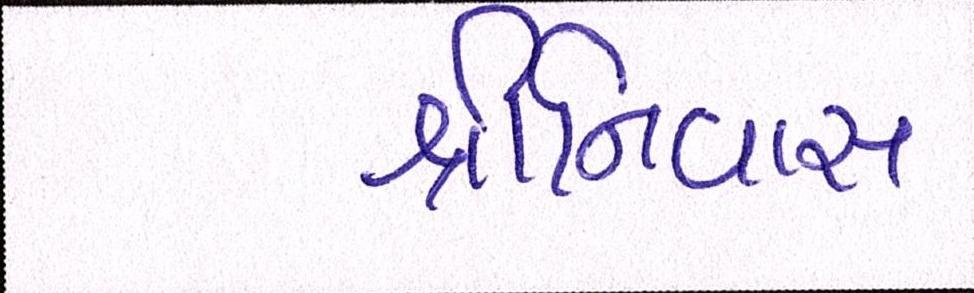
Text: શ્રીનિવાસ